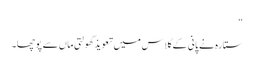
“
ستارہ نے پانی کے گلاس میں تعویذ گھولتی ماں سے پوچھا۔